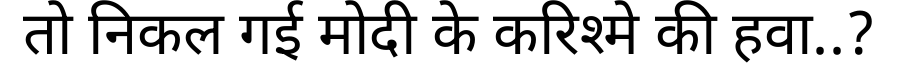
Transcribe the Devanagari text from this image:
तो निकल गई मोदी के करिश्मे की हवा..?